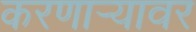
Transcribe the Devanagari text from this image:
करणार्‍यावर